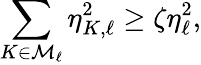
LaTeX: \sum_{K\in\mathcal{M}_{\ell}}\eta_{K,\ell}^{2}\ge\zeta\eta_{\ell}^{2},